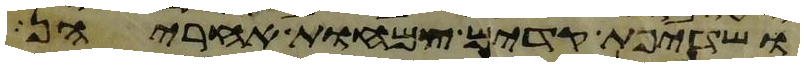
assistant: ושדיפת קדים צמחות אחריהן